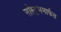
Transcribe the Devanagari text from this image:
नॉस्ट्रममार्फत